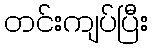
တင်းကျပ်ပြီး